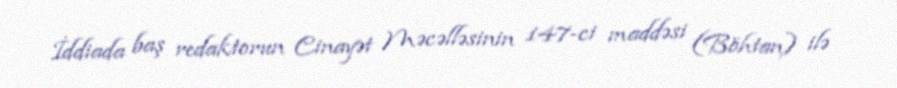
İddiada baş redaktorun Cinayət Məcəlləsinin 147-ci maddəsi (Böhtan) ilə